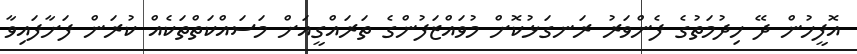
އޮފީހުން ދޭ ހިދުމަތުގެ ފެންވަރު ރަނގަޅުކޮށް މުވައްޒަފުންގެ ތަރައްގީއަށް މަސައްކަތްތަކެއް ކުރަން ފަށާފައިވާ